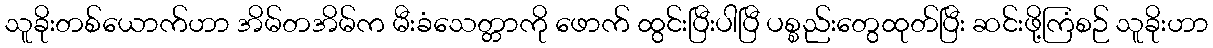
သူခိုးတစ်ယောက်ဟာ အိမ်တအိမ်က မီးခံသေတ္တာကို ဖောက် ထွင်းပြီးပါပြီ ပစ္စည်းတွေထုတ်ပြီး ဆင်းဖို့ကြံစဉ် သူခိုးဟာ